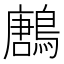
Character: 鶶